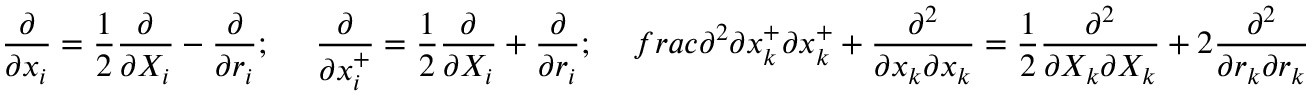
\frac { \partial } { \partial x _ { i } } = \frac { 1 } { 2 } \frac { \partial } { \partial X _ { i } } - \frac { \partial } { \partial r _ { i } } ; \ \ \ \ \frac { \partial } { \partial x _ { i } ^ { + } } = \frac { 1 } { 2 } \frac { \partial } { \partial X _ { i } } + \frac { \partial } { \partial r _ { i } } ; \ \ \ \, f r a c { \partial ^ { 2 } } { \partial x _ { k } ^ { + } \partial x _ { k } ^ { + } } + \frac { \partial ^ { 2 } } { \partial x _ { k } \partial x _ { k } } = \frac { 1 } { 2 } \frac { \partial ^ { 2 } } { \partial X _ { k } \partial X _ { k } } + 2 \frac { \partial ^ { 2 } } { \partial r _ { k } \partial r _ { k } }